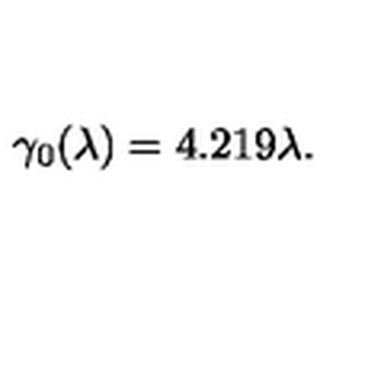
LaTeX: \gamma _ { 0 } ( \lambda ) = 4 . 2 1 9 \lambda .